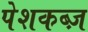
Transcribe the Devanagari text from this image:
पेशकब्ज़